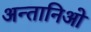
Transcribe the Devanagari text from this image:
अन्तानिओ